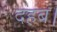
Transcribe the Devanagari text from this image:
दहब।